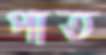
পাত